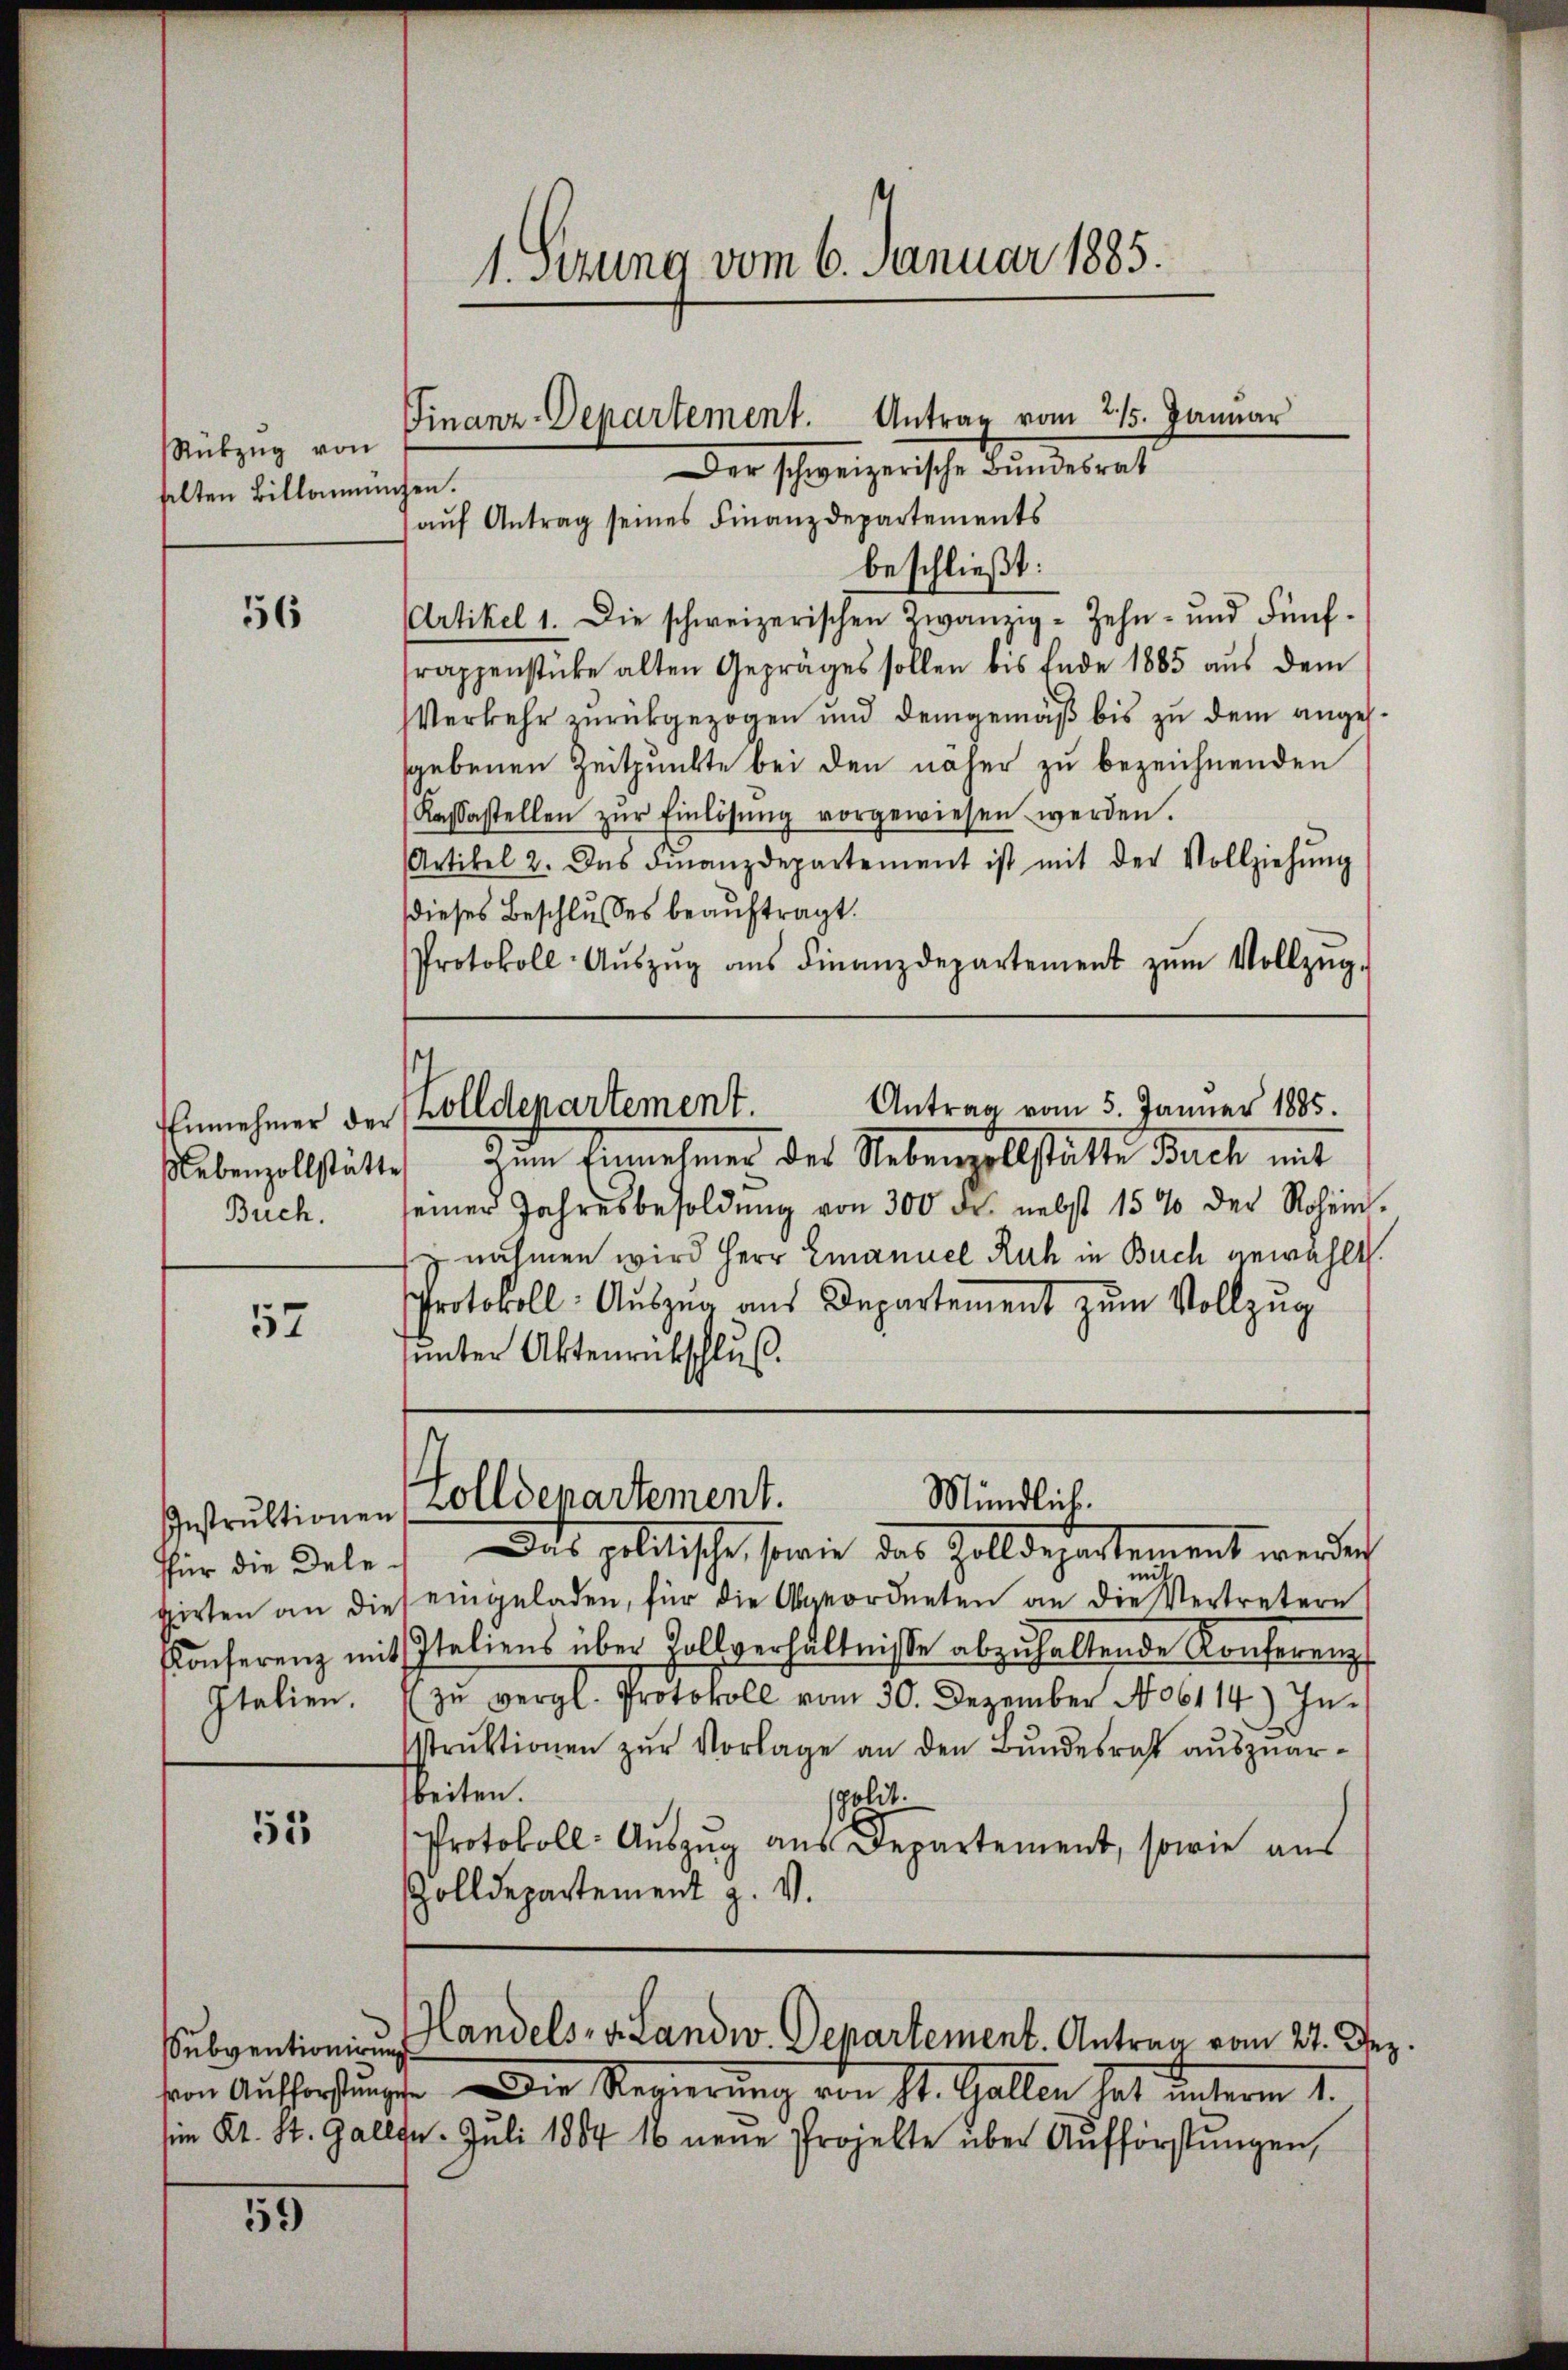
Rükzŭg von
selten Billamm

56

Einnehmer der

57

ffür die Delegirten an die
Konferenz mit
Italien.

53

59)

Der Schweizerische Fundesrat
chen.
aŭf Antrag seines Finanzdepartements
beschließt:
Artikel 1. Die schweizerischen Zwanzig-Zehn- und Fünf-
rappenstücke alten Gepräges sollen bis Ende 1885 aus dem
VVerkehr zurückgezogen und demgemäß bis zu dem angessgebenen Zeitpunkte bei den näher zu bezeichnenden
(Kassastellen zŭr Einlösung vorgewiesen werden.
Artikel 2. Das Finanzdepartement ist mit der Vollziehŭng
dieses Beschlußes beauftragt.
Protokoll-Aŭszŭg aŭs Finanzdepartement zŭm Vollzŭg-
t
Antrag vom 5. Januar 1885.
zolldepartement.
Nebenzollstättes dem Innehmen des Nebenzollstätte Buch mit
Buch. seiner Jahresbesoldŭng von 300 dr nebst 15% der Rohein.
znahmen wird Herr Emanuel Ruh in Buch gewählt.
Protokoll: Auszug aus Departement zum Vollzug
unter Aktenrückschluß.

1. Sezung vom 6. Januar 1885.

Finanz-Departement. Antrag vom 215. Januar

i
eingeladen, für die Abgeordneten an die Vertretern
Italiens über Zollverhältnisse abzuhaltende Konferenz
zu vergl. Protokoll vom 30. Dezember 1806114.) Instrŭktionen zŭr Vorlage an den Bundesricht auszuarbeiten.
spolit.
Protokoll: Auszug aus Departement, sowie aus
Zolldepartement z. v.

Mündlich.
Instruktionen Zolldepartement.
Dis gelitische, sowie das Zolldepartement werden

Subventionien Handels- u. Landw. Departement. Antrag vom 27. Dez.

von Aufforstŭng. Die Regierung von St. Gallen hat unterm 1.
sien Kt. St. Gallen. Juli 1864 16 neue Projekte über Aŭfförstungen,